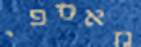
מאספי